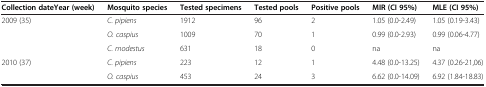
| Collection date Year (week) | Mosquito species | Tested specimens | Tested pools | Positive pools | MIR (CI 95%) | MLE (CI 95%) |
 | --- | --- | --- | --- | --- | --- | --- |
 | 2009 (35) | C. pipiens | 1912 | 96 | 2 | 1.05 (0.0-2.49) | 1.05 (0.19-3.43) |
 |  | O. caspius | 1009 | 70 | 1 | 0.99 (0.0-2.93) | 0.99 (0.06-4.77) |
 |  | C. modestus | 631 | 18 | 0 | na | na |
 | 2010 (37) | C. pipiens | 223 | 12 | 1 | 4.48 (0.0-13.25) | 4.37 (0.26-21,06) |
 |  | O. caspius | 453 | 24 | 3 | 6.62 (0.0-14.09) | 6.92 (1.84-18.83) |